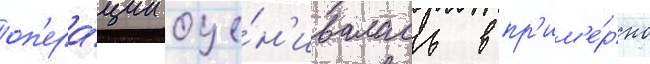
оп'ера́ции оце́н'ивалась в пр'им'е́рно